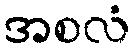
အစလံ